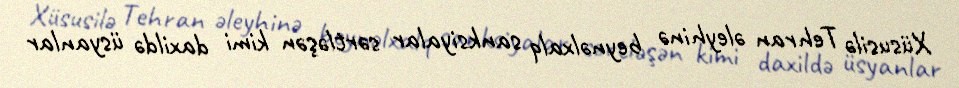
Xüsusilə Tehran əleyhinə beynəlxalq sanksiyalar sərtləşən kimi daxildə üsyanlar